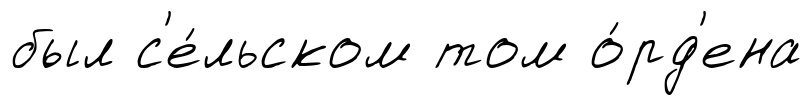
был с'е́льском том о́рд'ена